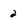
Character: 2